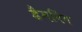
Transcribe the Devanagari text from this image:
डैमनिंग